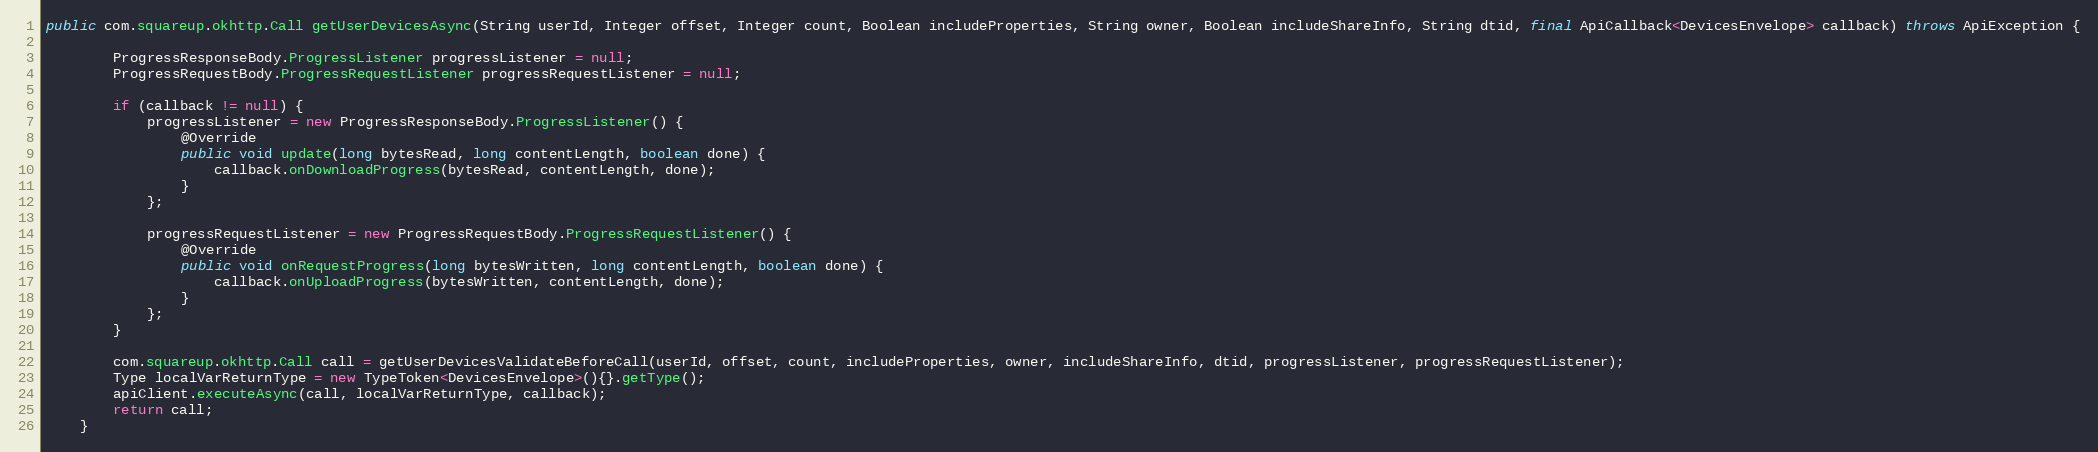
Language: Java
public com.squareup.okhttp.Call getUserDevicesAsync(String userId, Integer offset, Integer count, Boolean includeProperties, String owner, Boolean includeShareInfo, String dtid, final ApiCallback<DevicesEnvelope> callback) throws ApiException {

        ProgressResponseBody.ProgressListener progressListener = null;
        ProgressRequestBody.ProgressRequestListener progressRequestListener = null;

        if (callback != null) {
            progressListener = new ProgressResponseBody.ProgressListener() {
                @Override
                public void update(long bytesRead, long contentLength, boolean done) {
                    callback.onDownloadProgress(bytesRead, contentLength, done);
                }
            };

            progressRequestListener = new ProgressRequestBody.ProgressRequestListener() {
                @Override
                public void onRequestProgress(long bytesWritten, long contentLength, boolean done) {
                    callback.onUploadProgress(bytesWritten, contentLength, done);
                }
            };
        }

        com.squareup.okhttp.Call call = getUserDevicesValidateBeforeCall(userId, offset, count, includeProperties, owner, includeShareInfo, dtid, progressListener, progressRequestListener);
        Type localVarReturnType = new TypeToken<DevicesEnvelope>(){}.getType();
        apiClient.executeAsync(call, localVarReturnType, callback);
        return call;
    }